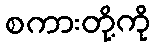
စကားတို့ကို